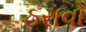
ઠરાવો